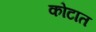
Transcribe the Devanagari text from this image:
कोटात